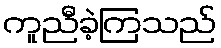
ကူညီခဲ့ကြသည်